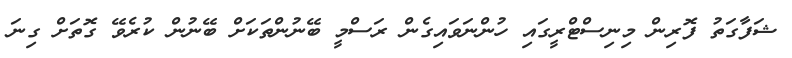
ޝަފާގަތު ފޮރިން މިނިސްޓްރީގައި ހުންނަވައިގެން ރަސްމީ ބޭނުންތަކަށް ބޭނުން ކުރެވޭ ގޮތަށް ގިނަ